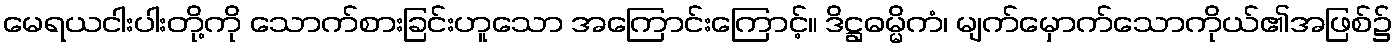
မေရယငါးပါးတို့ကို သောက်စားခြင်းဟူသော အကြောင်းကြောင့်။ ဒိဋ္ဌဓမ္မိကံ၊ မျက်မှောက်သောကိုယ်၏အဖြစ်၌